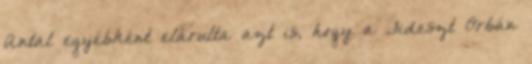
Antal egyébként elárulta azt is, hogy a Fideszt Orbán